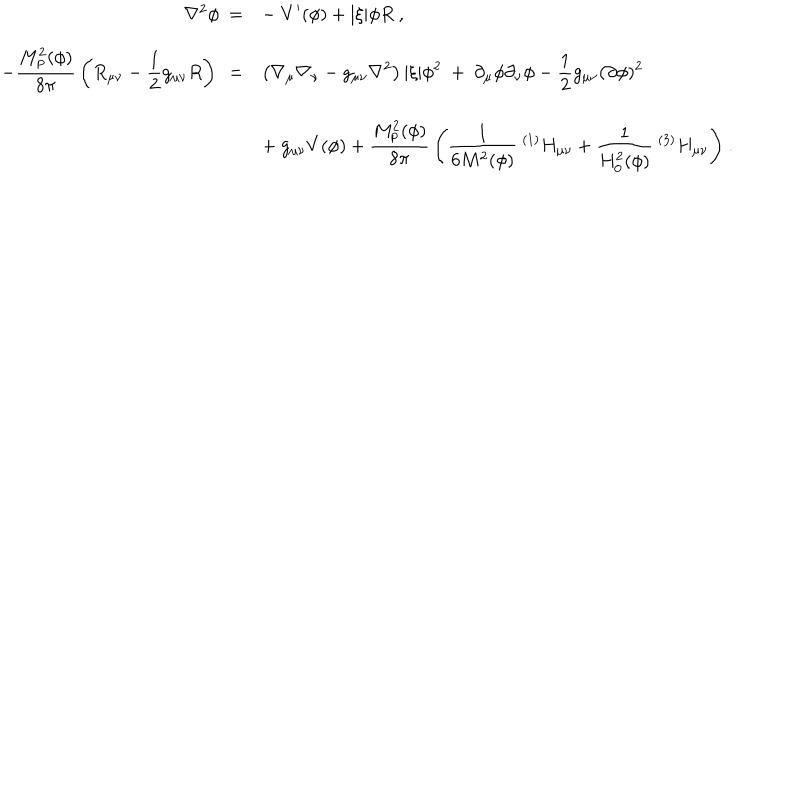
\begin{array} { r l } { { \nabla ^ { 2 } \phi \ = } } & { { { \displaystyle - \ V ^ { \prime } ( \phi ) + | \xi | \phi R \ , } } } \\ { { { \displaystyle - { \frac { M _ { \mathrm { p } } ^ { 2 } ( \phi ) } { 8 \pi } } \left( R _ { \mu \nu } - { \frac { 1 } { 2 } } g _ { \mu \nu } R \right) \ = } } } & { { { \displaystyle \left( \nabla _ { \mu } \nabla _ { \nu } - g _ { \mu \nu } \nabla ^ { 2 } \right) | \xi | \phi ^ { 2 } \ + \ \partial _ { \mu } \phi \partial _ { \nu } \phi - { \frac { 1 } { 2 } } g _ { \mu \nu } ( \partial \phi ) ^ { 2 } } } } \\ { { } } & { { { \displaystyle + \ g _ { \mu \nu } V ( \phi ) + { \frac { M _ { \mathrm { p } } ^ { 2 } ( \phi ) } { 8 \pi } } \left( { \frac { 1 } { 6 M ^ { 2 } ( \phi ) } } \ ^ { ( 1 ) } H _ { \mu \nu } + { \frac { 1 } { H _ { 0 } ^ { 2 } ( \phi ) } } \ ^ { ( 3 ) } H _ { \mu \nu } \right) } \ . } } \\ \end{array}